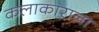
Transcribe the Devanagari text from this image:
कलाकाराना